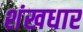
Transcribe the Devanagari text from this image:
शंखधार